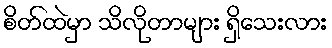
စိတ်ထဲမှာ သိလိုတာများ ရှိသေးလား